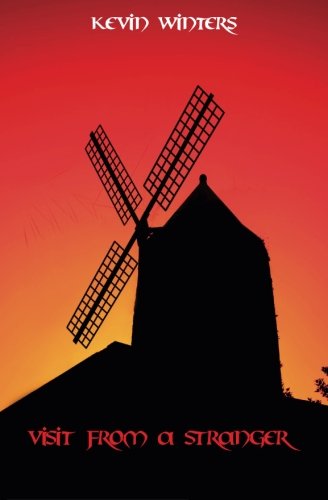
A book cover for Visit From a Stranger: A stand-alone sequel to "The Elusive Footprint"; Kevin Winters; Gay & Lesbian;